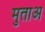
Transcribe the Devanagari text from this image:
मुताअ